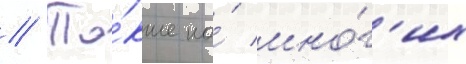
// Та́кже на́ мно́г'их